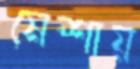
মেশায়